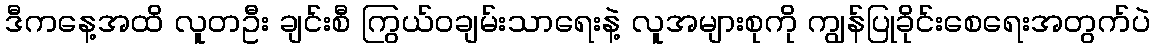
ဒီကနေ့အထိ လူတဦး ချင်းစီ ကြွယ်ဝချမ်းသာရေးနဲ့ လူအများစုကို ကျွန်ပြုခိုင်းစေရေးအတွက်ပဲ